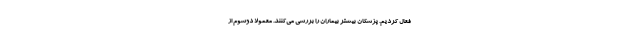
فعال کردیم. پزشکان بیشتر بیماران را بررسی می‌کنند. معمولا دوسوم از